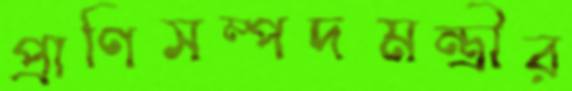
প্রাণিসম্পদমন্ত্রীর